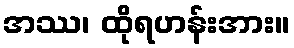
အဿ၊ ထိုရဟန်းအား။